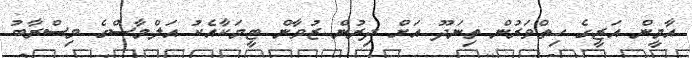
އާމީން އަޒީގެ ހިތްވަރުން ތިނަދޫ އަށް ދިރުން ޒުވާން ޓީމަކާއެކު އަލްމާސްގެ މިސްރާބު